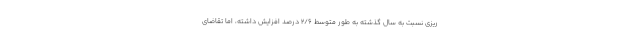
ریزی نسبت به سال گذشته به طور متوسط ۲/۶ درصد افزایش داشته، اما تقاضای